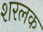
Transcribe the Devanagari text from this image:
शरलक